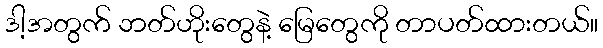
ဒါ့အတွက် ဘတ်ဟိုးတွေနဲ့ မြေတွေကို တာပတ်ထားတယ်။